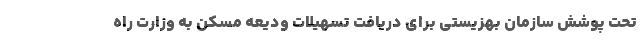
تحت پوشش سازمان بهزیستی برای دریافت تسهیلات ودیعه مسکن به وزارت راه